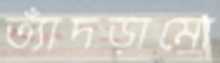
ত্যাঁদড়ামো